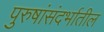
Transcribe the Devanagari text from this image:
पुरुषांसंदर्भातील